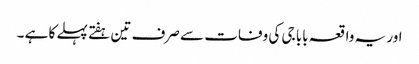
اور یہ واقعہ بابا جی کی وفات سے صرف تین ہفتے پہلے کا ہے ۔